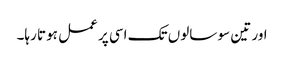
اور تین سو سالوں تک اسی پر عمل ہوتا رہا۔